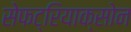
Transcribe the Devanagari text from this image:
सेफट्रियाक्सोन